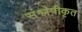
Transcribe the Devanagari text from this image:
संश्लेषीकृत